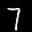
Label: 7